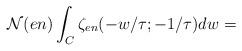
\begin{align*}{\cal N}(en)\int_{C} \zeta_{en}(-w/\tau;-1/\tau)dw=\end{align*}